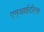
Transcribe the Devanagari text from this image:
एम्आईटीएस